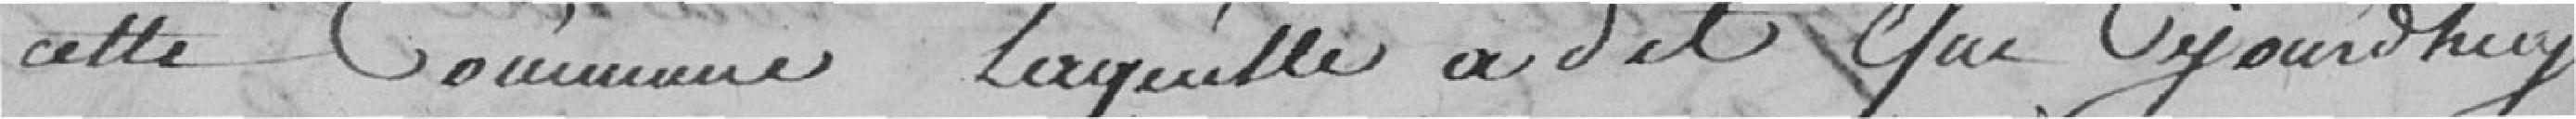
cette commune laquelle a dit que aujourd'hui